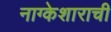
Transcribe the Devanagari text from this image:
नाग्केशाराची